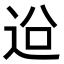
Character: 𨒄